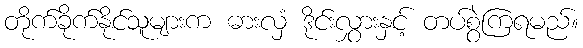
တိုက်ခိုက်နိုင်သူများက ဓားလှံ ဒိုင်းလွှားနှင့် တပ်စွဲကြရမည်။